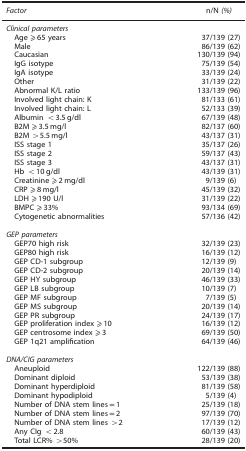
<table><thead><tr><td><b><i>Factor</i></b></td><td><b>n/N <i>(%)</i></b></td></tr></thead><tbody><tr><td colspan="2"><i>Clinical parameters</i></td></tr><tr><td> Age ⩾65 years</td><td>37/139 (27)</td></tr><tr><td> Male</td><td>86/139 (62)</td></tr><tr><td> Caucasian</td><td>130/139 (94)</td></tr><tr><td> IgG isotype</td><td>75/139 (54)</td></tr><tr><td> IgA isotype</td><td>33/139 (24)</td></tr><tr><td> Other</td><td>31/139 (22)</td></tr><tr><td> Abnormal K/L ratio</td><td>133/139 (96)</td></tr><tr><td> Involved light chain: K</td><td>81/133 (61)</td></tr><tr><td> Involved light chain: L</td><td>52/133 (39)</td></tr><tr><td> Albumin &lt;3.5 g/dl</td><td>67/139 (48)</td></tr><tr><td> B2M ⩾3.5 mg/l</td><td>82/137 (60)</td></tr><tr><td> B2M &gt;5.5 mg/l</td><td>43/137 (31)</td></tr><tr><td> ISS stage 1</td><td>35/137 (26)</td></tr><tr><td> ISS stage 2</td><td>59/137 (43)</td></tr><tr><td> ISS stage 3</td><td>43/137 (31)</td></tr><tr><td> Hb &lt;10 g/dl</td><td>43/139 (31)</td></tr><tr><td> Creatinine ⩾2 mg/dl</td><td>9/139 (6)</td></tr><tr><td> CRP ⩾8 mg/l</td><td>45/139 (32)</td></tr><tr><td> LDH ⩾190 U/l</td><td>31/139 (22)</td></tr><tr><td> BMPC ⩾33%</td><td>93/134 (69)</td></tr><tr><td> Cytogenetic abnormalities</td><td>57/136 (42)</td></tr><tr><td colspan="2"> </td></tr><tr><td colspan="2"><i>GEP parameters</i></td></tr><tr><td> GEP70 high risk</td><td>32/139 (23)</td></tr><tr><td> GEP80 high risk</td><td>16/139 (12)</td></tr><tr><td> GEP CD-1 subgroup</td><td>12/139 (9)</td></tr><tr><td> GEP CD-2 subgroup</td><td>20/139 (14)</td></tr><tr><td> GEP HY subgroup</td><td>46/139 (33)</td></tr><tr><td> GEP LB subgroup</td><td>10/139 (7)</td></tr><tr><td> GEP MF subgroup</td><td>7/139 (5)</td></tr><tr><td> GEP MS subgroup</td><td>20/139 (14)</td></tr><tr><td> GEP PR subgroup</td><td>24/139 (17)</td></tr><tr><td> GEP proliferation index ⩾10</td><td>16/139 (12)</td></tr><tr><td> GEP centrosome index ⩾3</td><td>69/139 (50)</td></tr><tr><td> GEP 1q21 amplification</td><td>64/139 (46)</td></tr><tr><td colspan="2"> </td></tr><tr><td colspan="2"><i>DNA/CIG parameters</i></td></tr><tr><td> Aneuploid</td><td>122/139 (88)</td></tr><tr><td> Dominant diploid</td><td>53/139 (38)</td></tr><tr><td> Dominant hyperdiploid</td><td>81/139 (58)</td></tr><tr><td> Dominant hypodiploid</td><td>5/139 (4)</td></tr><tr><td> Number of DNA stem lines=1</td><td>25/139 (18)</td></tr><tr><td> Number of DNA stem lines=2</td><td>97/139 (70)</td></tr><tr><td> Number of DNA stem lines &gt;2</td><td>17/139 (12)</td></tr><tr><td> Any CIg &lt;2.8</td><td>60/139 (43)</td></tr><tr><td> Total LCR% &gt;50%</td><td>28/139 (20)</td></tr></tbody></table>